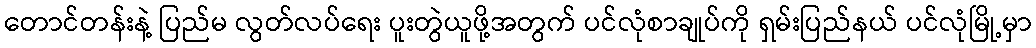
တောင်တန်းနဲ့ ပြည်မ လွတ်လပ်ရေး ပူးတွဲယူဖို့အတွက် ပင်လုံစာချုပ်ကို ရှမ်းပြည်နယ် ပင်လုံမြို့မှာ